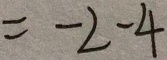
= - 2 - 4